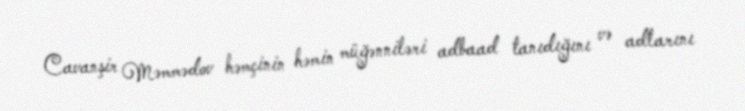
Cavanşir Məmmədov həmçinin həmin müğənniləri adbaad tanıdığını və adlarını